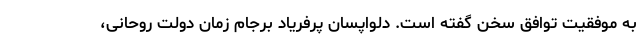
به موفقیت توافق سخن گفته است. دلواپسان پرفریاد برجام زمان دولت روحانی،